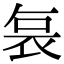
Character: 𭈆